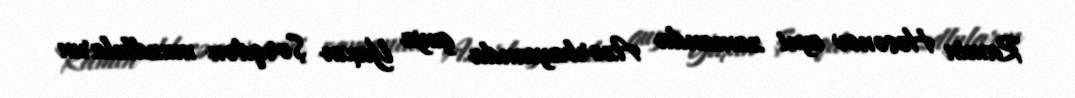
Ramin Həsənov eyni zamanda Azərbaycanda guya Yaxın Şərqdən muzdluların